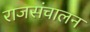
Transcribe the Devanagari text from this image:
राजसंचालन